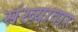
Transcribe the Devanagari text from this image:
संख्यावार